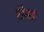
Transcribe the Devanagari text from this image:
छेद्य